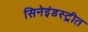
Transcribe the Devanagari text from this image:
सिनेइंडस्ट्रीत